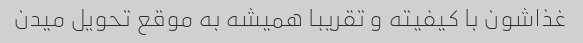
غذاشون با کیفیته و تقریبا همیشه به موقع تحویل میدن